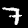
Label: 7